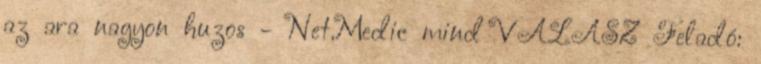
az ara nagyon huzos - Net.Medic mind VÁLASZ Feladó: